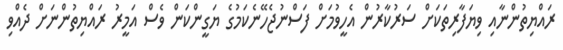
ރައްޔިތުންނާއި ވިޔަފާރިތަކަށް ސަރުކާރުން އެހީވުމަށް ފަސްނުޖެހޭނެކަމުގެ ޔަގީންކަން ވެސް އަމީރު ރައްޔިތުންނަށް ދެއްވި